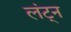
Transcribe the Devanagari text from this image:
लंट्न